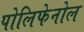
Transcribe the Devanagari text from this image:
पोलिफेनोल